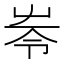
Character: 𡴒